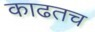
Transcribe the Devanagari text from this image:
काढतच